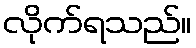
လိုက်ရသည်။